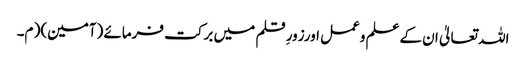
اللہ تعالیٰ ان کےعلم وعمل اورزورِ قلم میں برکت فرمائے (آمین)( م۔